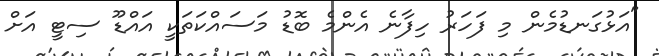
"އަޅުގަނޑުމެން މި ފަހަރު ހިފާނެ އެންމެ ބޮޑު މަސައްކަތަކީ އައްޑޫ ސިޓީ އަށް